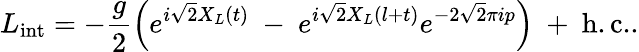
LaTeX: L_{\mathrm{int}}=-{\frac{g}{2}}\Bigl(e^{i\sqrt{2}X_{L}(t)}\ -\ e^{i\sqrt{2}X_{L}(l+t)}e^{-2\sqrt{2}\pi ip}\Bigr)\ +\ \mathrm{h.c.}.